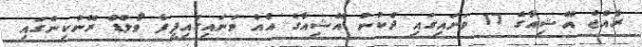
ރާއްޖެ އޭޝިއާގެ 17 ވަނަައިގައި ދެކުނު އޭޝިއާގެ އެއް ވަނައިގައިފީފާ ވޯލްޑް ރޭންކިންގައި